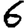
Digit: 6